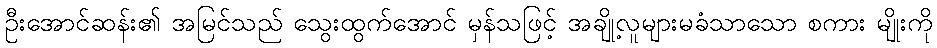
ဦးအောင်ဆန်း၏ အမြင်သည် သွေးထွက်အောင် မှန်သဖြင့် အချို့လူများမခံသာသော စကား မျိုးကို